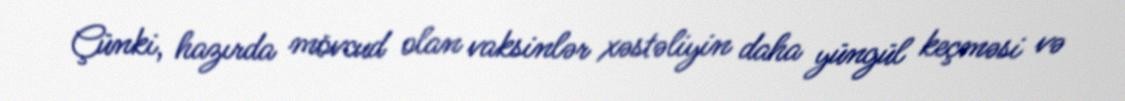
Çünki, hazırda mövcud olan vaksinlər xəstəliyin daha yüngül keçməsi və